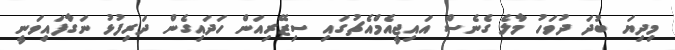
މިދިޔަ ބުދަ ދުވަހު މާލެ ގެނެސް އައިޖީއެމްއެޗުގައި ސިޒޭރިއަން ހަދައިގެން ދަރިފުޅު ނަގާފައިވަނީ